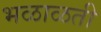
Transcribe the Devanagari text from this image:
भळाळती